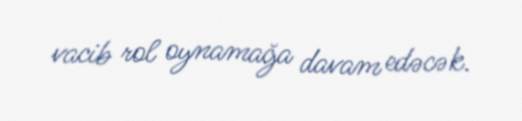
vacib rol oynamağa davam edəcək.